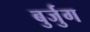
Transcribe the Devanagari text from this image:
बुर्जुग